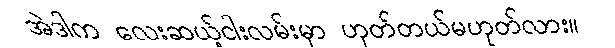
အဲဒါက လေးဆယ့်ငါးလမ်းမှာ ဟုတ်တယ်မဟုတ်လား။